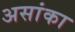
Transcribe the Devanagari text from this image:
असांका